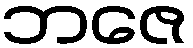
ဘဇေ